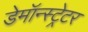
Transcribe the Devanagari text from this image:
डेमॉन्स्ट्रेटर